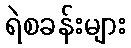
ရဲစခန်းများ